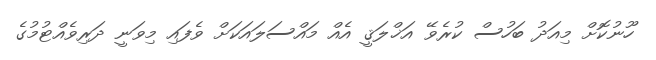
ހޫނުކޮށް މިއަދު ބަހުސް ކުރެވޭ އަޚްލަޤީ އެއް މައްސަލައަކަށް ވެފައި މިވަނީ ދަރިވެއްޓުމުގެ